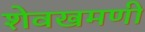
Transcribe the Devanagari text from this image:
शेवखमणी